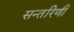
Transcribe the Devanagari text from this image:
सन्तरिणी